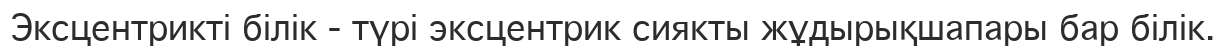
Эксцентрикті білік - түрі эксцентрик сиякты жұдырықшапары бар білік.